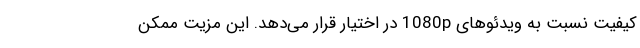
کیفیت نسبت به ویدئوهای 1080p در اختیار قرار می‌دهد. این مزیت ممکن